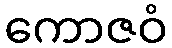
ကောဇဝံ